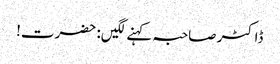
ڈاکٹر صاحبہ کہنے لگیں: حضرت!